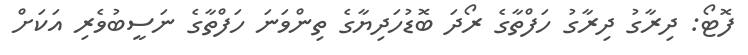
ފޮޓޯ: ދިރާގު ދިރާގު ހަފްތާގެ ރޯދަ ބޮޑުހަދިޔާގެ ތިންވަނަ ހަފްތާގެ ނަސީބުވެރި އަކަށް